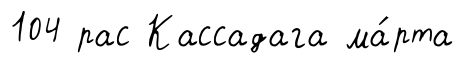
104 рас Кассадага ма́рта